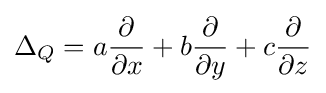
\Delta _{Q}=a{\partial  \over \partial x}+b{\partial  \over \partial y}+c{\partial  \over \partial z}